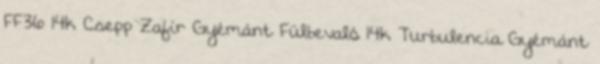
FF36 14k Csepp Zafír Gyémánt Fülbevaló 14k Turbulencia Gyémánt